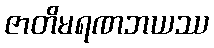
ဇာတိမရဏဘယဿ